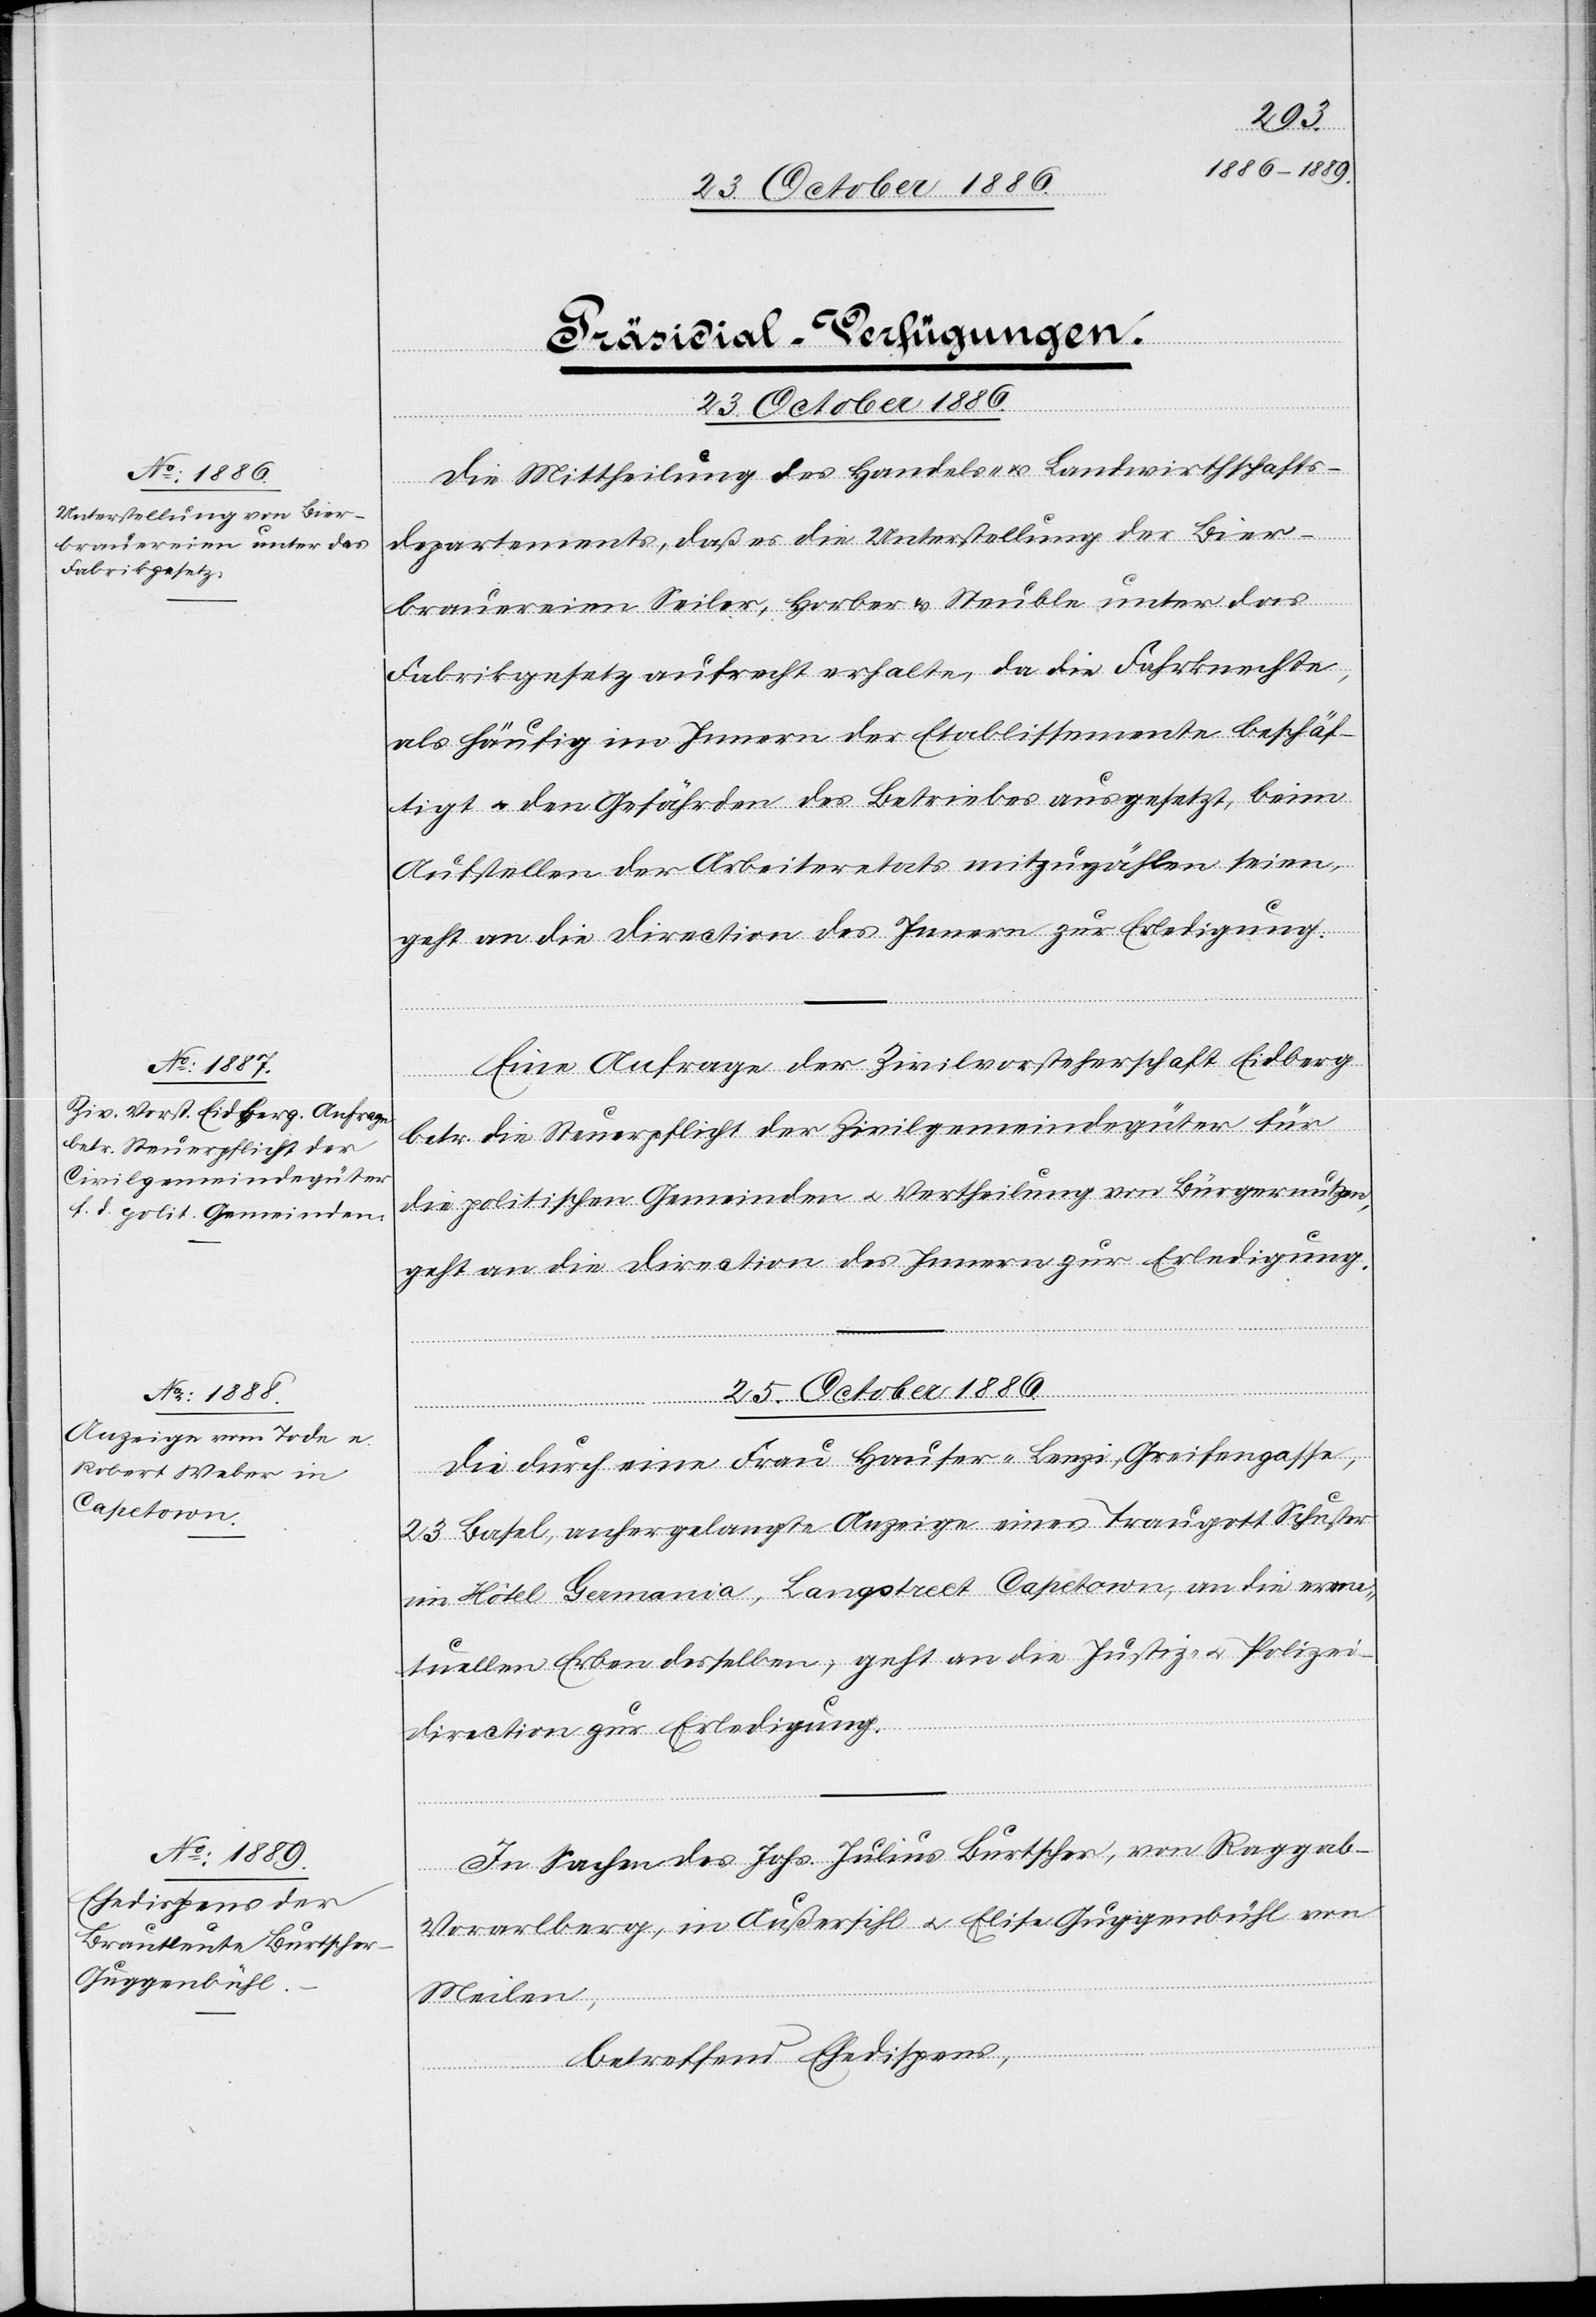
25. October 1886.]
[Präsidial-Verfügungen.
25. October 1886.
Die Mittheilung des Handels- & Landwirthschafts¬
departements, daß es die Unterstellung der Bier¬
brauereien Seiler, Horber & Steuble unter das
Fabrikgesetz aufrecht erhalte, da die Fahrknechte,
als häufig im Innern der Etablissemente beschäf¬
tigt & den Gefährden des Betriebes ausgesetzt, beim
Aufstellen der Arbeiteretats mitzuzählen seien,
geht an die Direction des Innern zur Erledigung.
Eine Anfrage der Zivilvorsteherschaft Eidberg
betr. die Steuerpflicht der Zivilgemeindegüter für
die politischen Gemeinden & Vertheilung von Bürgernutzen,
geht an die Direction des Innern zur Erledigung.
Die durch eine Frau Hauser-Lenzi, Greifengasse,
23 Basel, anhergelangte Anzeige eines Traugott Schuster
im Hôtel Germania, Langstreet Capetown, an die even¬
tuellen Erben desselben, geht an die Justiz- & Polizei¬
direction zur Erledigung.
In Sachen des Johs. Julius Burtscher, von Raggal
Vorarlberg, in Außersihl & Elise Guggenbühl von
Meilen,
betreffend Ehedispens,